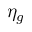
\eta _ { g }